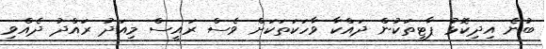
ބުނެ އިދިކޮޅު ޕާޓީތަކުން ދައްކާ ވާހަކަތަކަށް ވެސް ރައީސް މިއަދު ރައްދު ދެއްވި